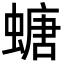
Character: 螗